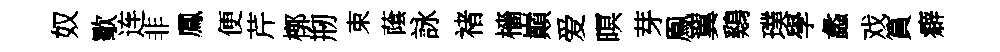
奴歜连非鳳便芹槨剏束䕃詠禇檣巔爱暝芽鳯翼鷄璞學蠡戏篔癖